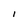
Character: l